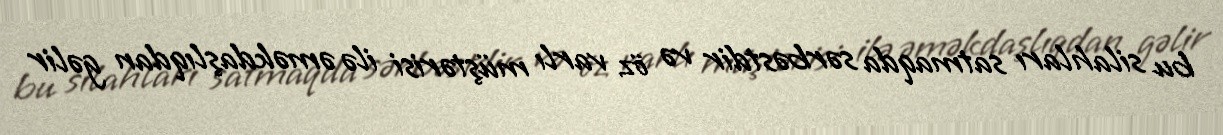
bu silahları satmaqda sərbəstdir və öz varlı müştərisi ilə əməkdaşlıqdan gəlir